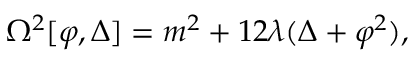
\Omega ^ { 2 } [ \varphi , \Delta ] = m ^ { 2 } + 1 2 \lambda ( \Delta + \varphi ^ { 2 } ) ,